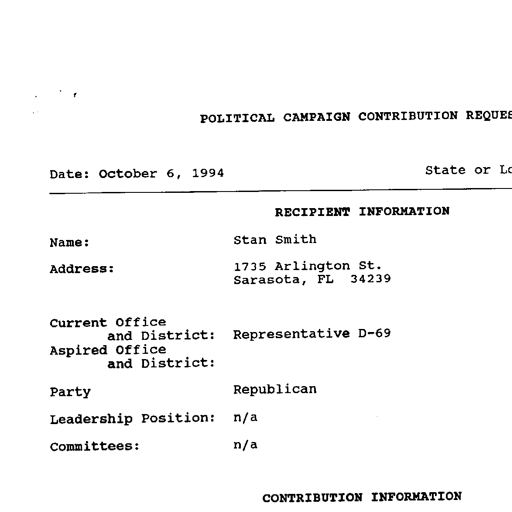
POLITICAL CAMPAIGN CONTRIBUTION REQUES

Date: October 6, 1994

State or Lo

RECIPIENT INFORMATION

Name:
Stan Smith

Address:
1735 Arlington St.
Sarasota, FL 34239

Current Office
and District:
Representative D-69
Aspired Office
and District:

Party
Republican

Leadership Position: n/a

Committees:
n/a

CONTRIBUTION INFORMATION